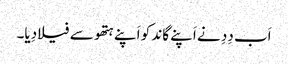
اَب دِدِ نے اَپنے گاند کو اَپنے ہتھو سے فیلا دِیا۔